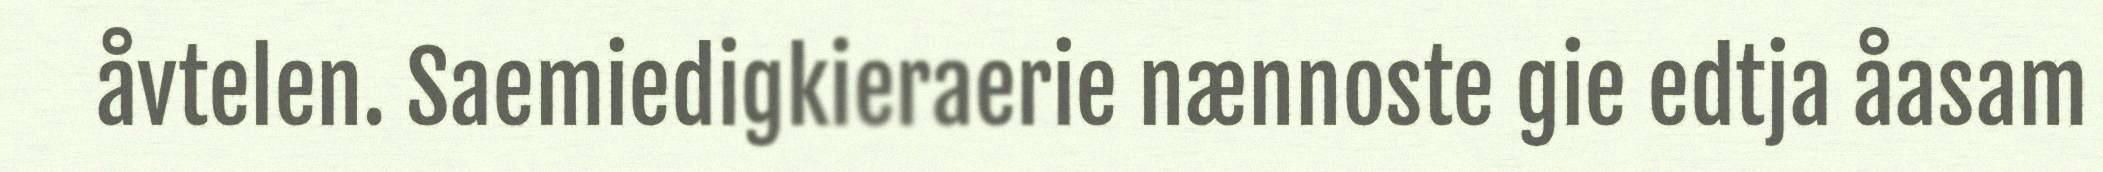
åvtelen. Saemiedigkieraerie nænnoste gie edtja åasam